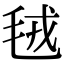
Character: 毧